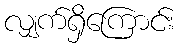
လျှက်ရှိကြောင်း